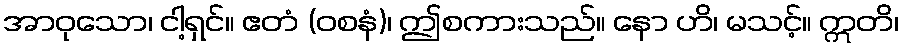
အာဝုသော၊ ငါ့ရှင်။ ဧတံ (ဝစနံ)၊ ဤစကားသည်။ နော ဟိ၊ မသင့်။ ဣတိ၊